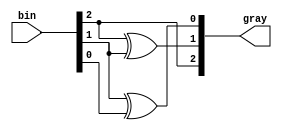
module gray_code_encoder (
    input  [2:0] bin,  // 3-bit binary input
    output [2:0] gray  // 3-bit Gray code output
);

    // Assigning the Gray code output based on the binary input
    assign gray[2] = bin[2];                 // MSB remains the same
    assign gray[1] = bin[2] ^ bin[1];        // XOR for the second bit
    assign gray[0] = bin[1] ^ bin[0];        // XOR for the least significant bit

endmodule